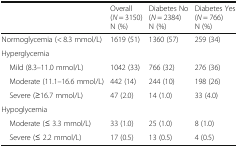
<table><thead><tr><td></td><td><b>Overall(<i>N</i> = 3150)N (%)</b></td><td><b>Diabetes No(<i>N</i> = 2384)N (%)</b></td><td><b>Diabetes Yes(<i>N</i> = 766)N (%)</b></td></tr></thead><tbody><tr><td>Normoglycemia (&lt; 8.3 mmol/L)</td><td>1619 (51)</td><td>1360 (57)</td><td>259 (34)</td></tr><tr><td colspan="4">Hyperglycemia</td></tr><tr><td> Mild (8.3–11.0 mmol/L)</td><td>1042 (33)</td><td>766 (32)</td><td>276 (36)</td></tr><tr><td> Moderate (11.1–16.6 mmol/L)</td><td>442 (14)</td><td>244 (10)</td><td>198 (26)</td></tr><tr><td> Severe (≥16.7 mmol/L)</td><td>47 (2.0)</td><td>14 (1.0)</td><td>33 (4.0)</td></tr><tr><td colspan="4">Hypoglycemia</td></tr><tr><td> Moderate (≤ 3.3 mmol/L)</td><td>33 (1.0)</td><td>25 (1.0)</td><td>8 (1.0)</td></tr><tr><td> Severe (≤ 2.2 mmol/L)</td><td>17 (0.5)</td><td>13 (0.5)</td><td>4 (0.5)</td></tr></tbody></table>